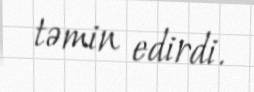
təmin edirdi.